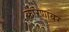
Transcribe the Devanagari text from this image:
कारणावर